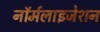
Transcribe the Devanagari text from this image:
नॉर्मलाइजेशन